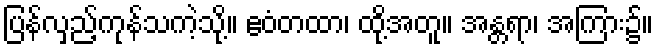
ပြန်လှည့်ကုန်သကဲ့သို့။ ဧဝံတထာ၊ ထို့အတူ။ အန္တရာ၊ အကြား၌။